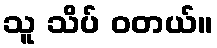
သူ သိပ် ဝတယ်။